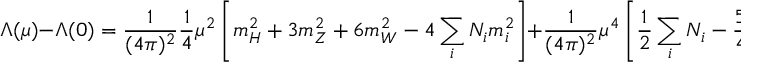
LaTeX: \Lambda ( \mu ) - \Lambda ( 0 ) = \frac { 1 } { ( 4 \pi ) ^ { 2 } } \frac { 1 } { 4 } \mu ^ { 2 } \left[ m _ { H } ^ { 2 } + 3 m _ { Z } ^ { 2 } + 6 m _ { W } ^ { 2 } - 4 \sum _ { i } N _ { i } m _ { i } ^ { 2 } \right] + \frac { 1 } { ( 4 \pi ) ^ { 2 } } \mu ^ { 4 } \left[ \frac { 1 } { 2 } \sum _ { i } N _ { i } - \frac { 5 } { 4 } \right] + \mathcal { O } ( \frac { \mu ^ { 6 } } { m _ { l a r g e } ^ { 2 } } ) \, .